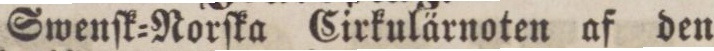
Swenſk=Norſka Cirkulärnoten af den